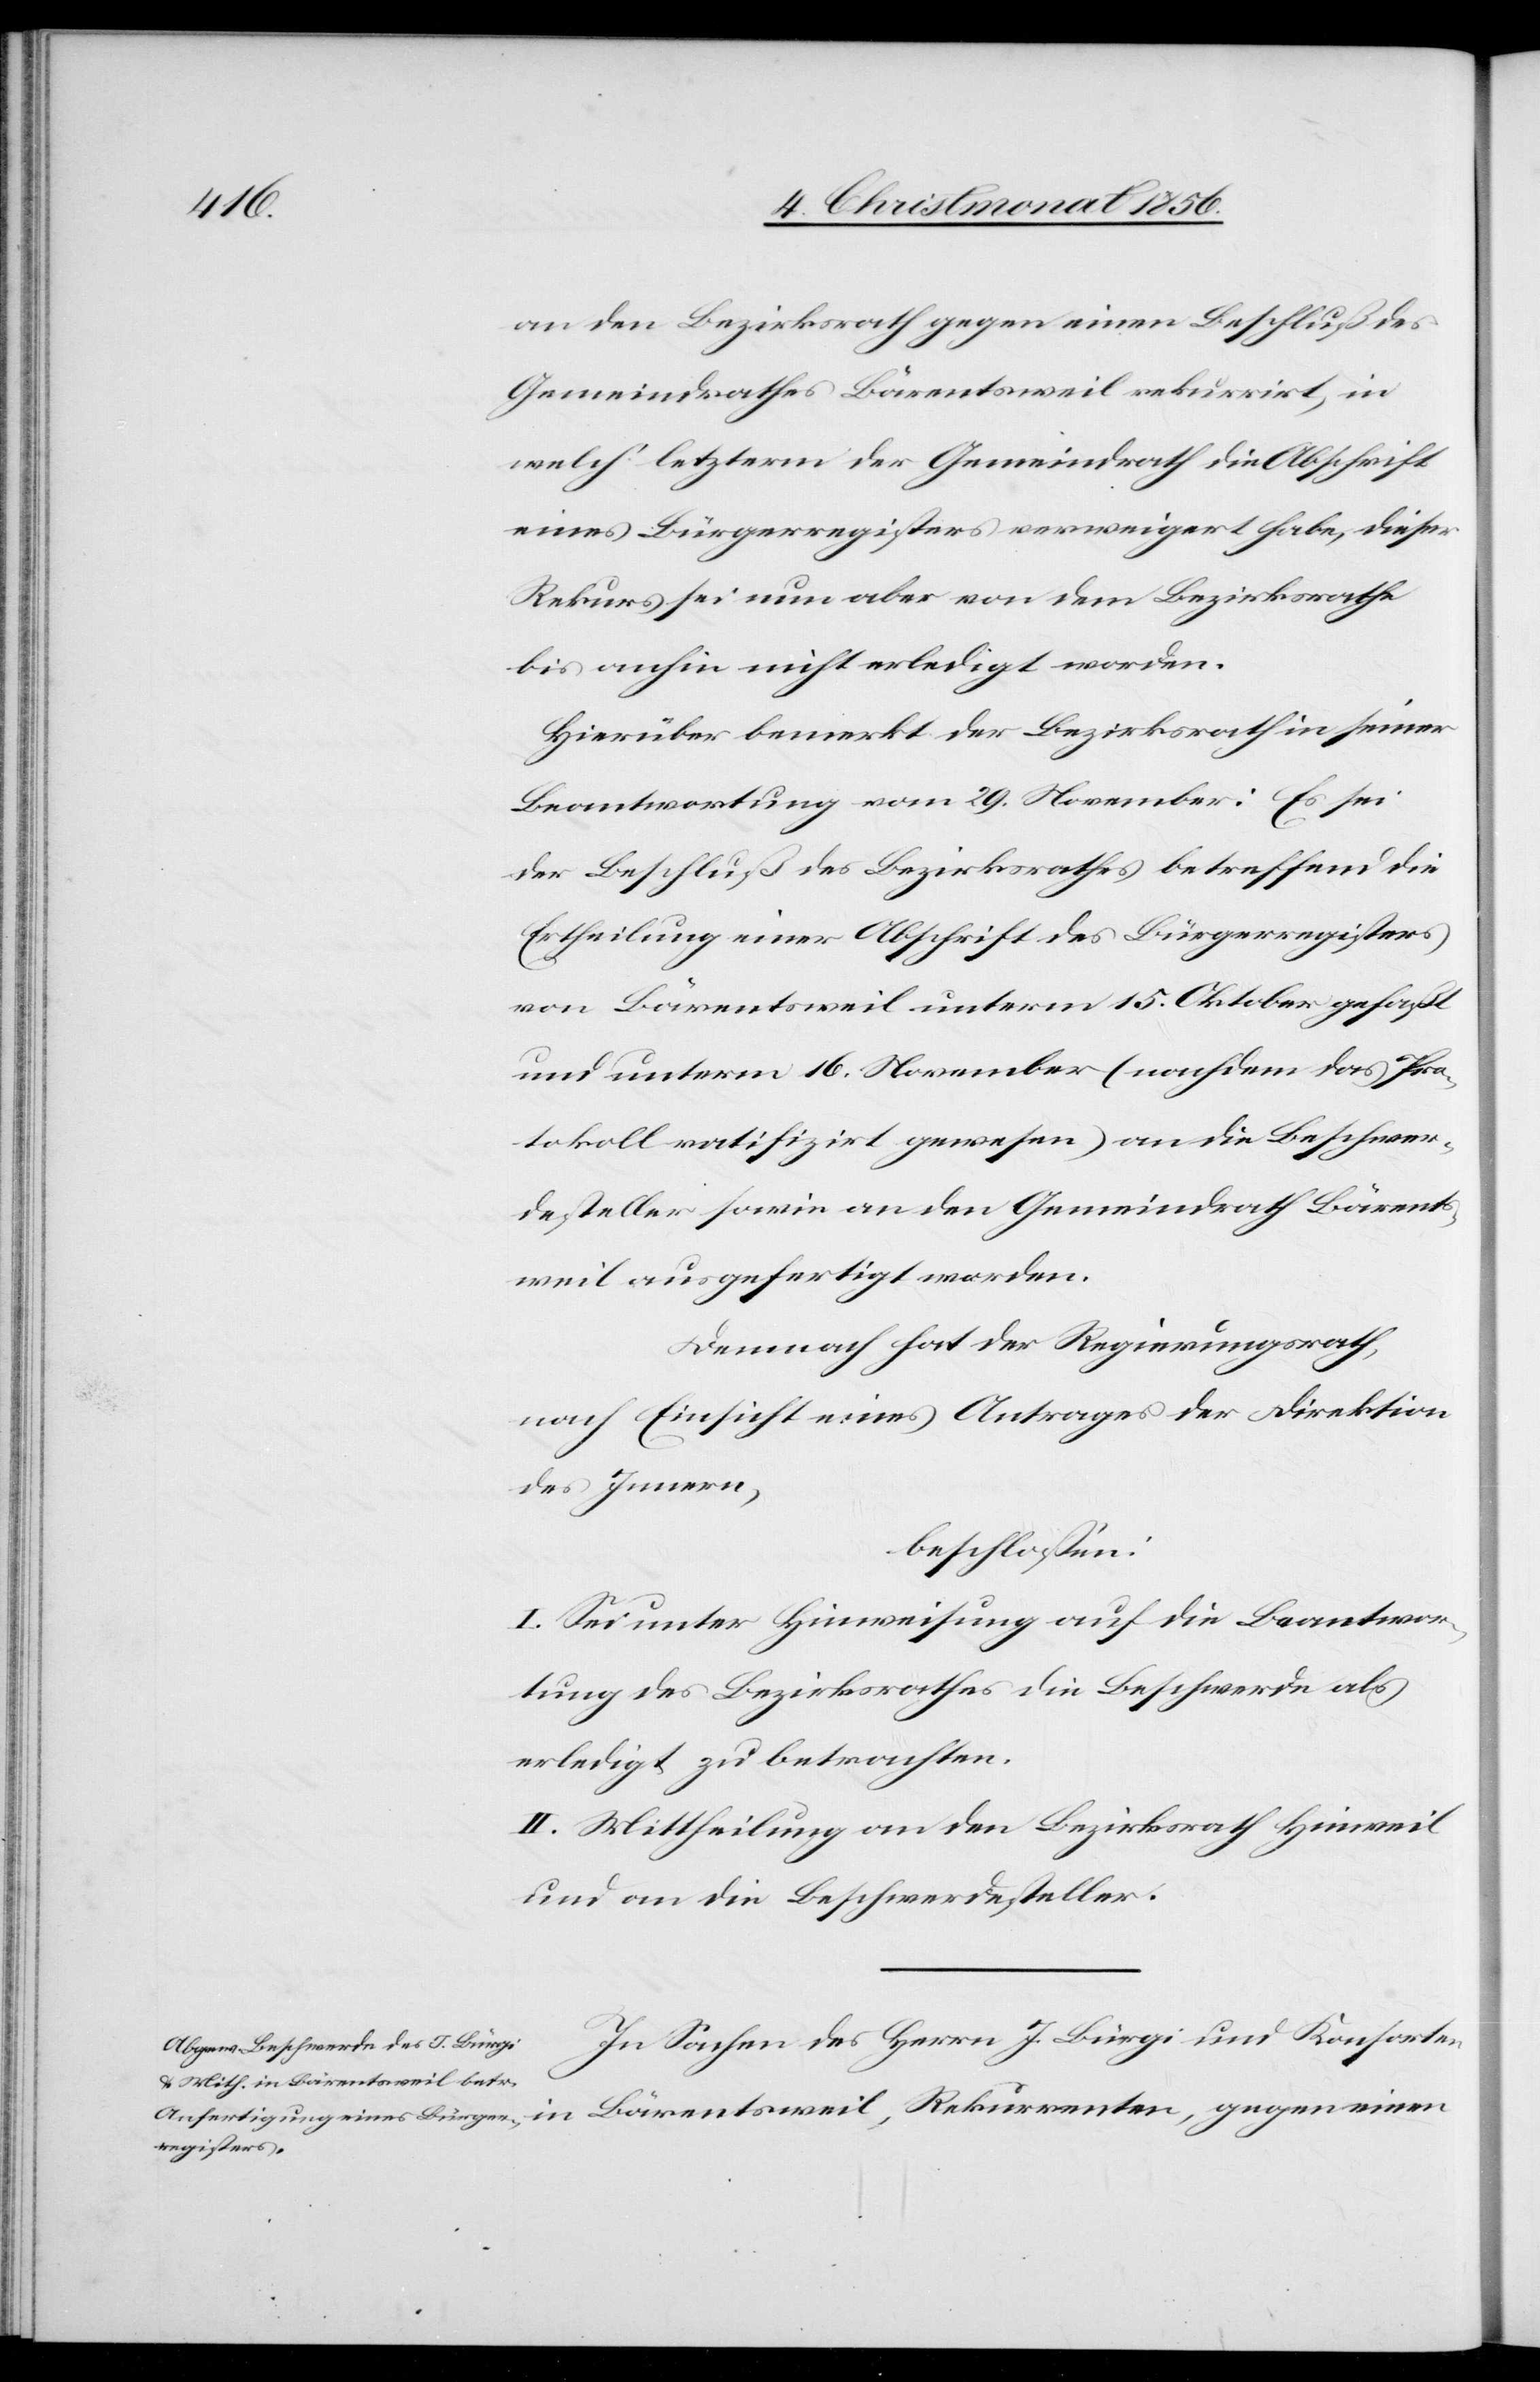
an den Bezirksrath gegen einen Beschluß des
Gemeindrathes Bärentsweil rekurrirt, in
welch' letzterm der Gemeindrath die Abschrift
eines Bürgerregisters verweigert habe, dieser
Rekurs sei nun aber von dem Bezirksrathe
bis anhin nicht erledigt worden.
Hierüber bemerkt der Bezirksrath in seiner
Beantwortung vom 29. November: Es sei
der Beschluß des Bezirksrathes betreffend die
Ertheilung einer Abschrift der Bürgerregisters
von Bärentsweil unterm 15. Oktober gefaßt
und unterm 16. November (nachdem das Pro¬
tokoll ratifizirt gewesen) an die Beschwer¬
desteller sowie an den Gemeindrath Bärents¬
weil ausgefertigt worden.
Demnach hat der Regierungsrath,
nach Einsicht eines Antrages der Direktion
des Innern,
beschlossen:
I. Sei unter Hinweisung auf die Beantwor¬
tung des Bezirksrathes die Beschwerde als
erledigt zu betrachten.
II. Mittheilung an den Bezirksrath Hinweil
und an die Beschwerdesteller.
In Sachen des Herrn J. Bürgi und Konsorten